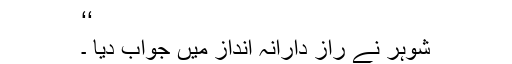
‘‘
شوہر نے راز دارانہ انداز میں جواب دیا ۔